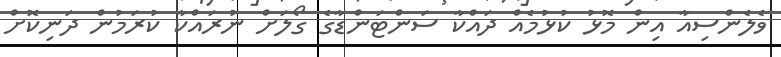
ވެލެންސިއާ އިން މޮޅު ކުޅުމެއް ދައްކާ ސަންޓަންޑާގެ ގޯލަށް ނުރައްކާ ކުރަމުން ދަނިކޮށް